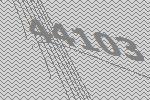
44103